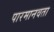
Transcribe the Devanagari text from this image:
पारमानवता